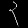
Digit: ၃